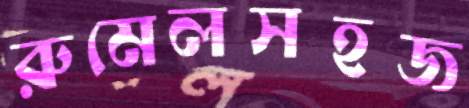
রুমেলসহজ